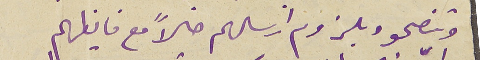
وتنصحوه بلزوم ارسالهم حالاً مع فايظهم